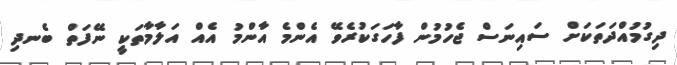
ދިގުމުއްދަތަކަށް ސައިނަސް ޖެހުމުން ފާހަގަކުރެވޭ އެންމެ އާންމު އެއް އަލާމާތަކީ ނޭފަތް ބެނދި